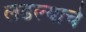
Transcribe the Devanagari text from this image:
लढल्याचे